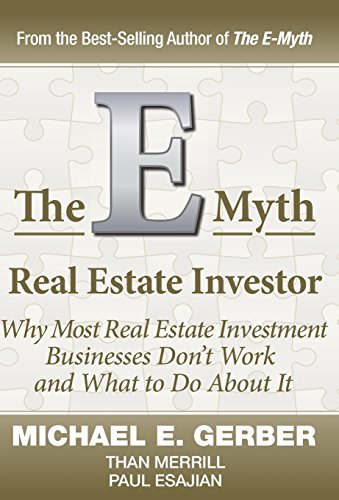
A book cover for The E-Myth Real Estate Investor; Michael E. Gerber; Business & Money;